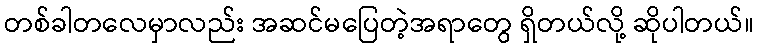
တစ်ခါတလေမှာလည်း အဆင်မပြေတဲ့အရာတွေ ရှိတယ်လို့ ဆိုပါတယ်။